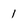
Character: 1